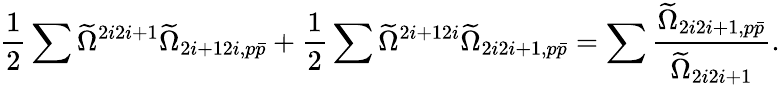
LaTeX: \frac{1}{2}\sum\widetilde{\Omega}^{2i2i+1}\widetilde{\Omega}_{2i+12i,p\bar{p}}+\frac{1}{2}\sum\widetilde{\Omega}^{2i+12i}\widetilde{\Omega}_{2i2i+1,p\bar{p}}=\sum\frac{\widetilde{\Omega}_{2i2i+1,p\bar{p}}}{\widetilde{\Omega}_{2i2i+1}}.